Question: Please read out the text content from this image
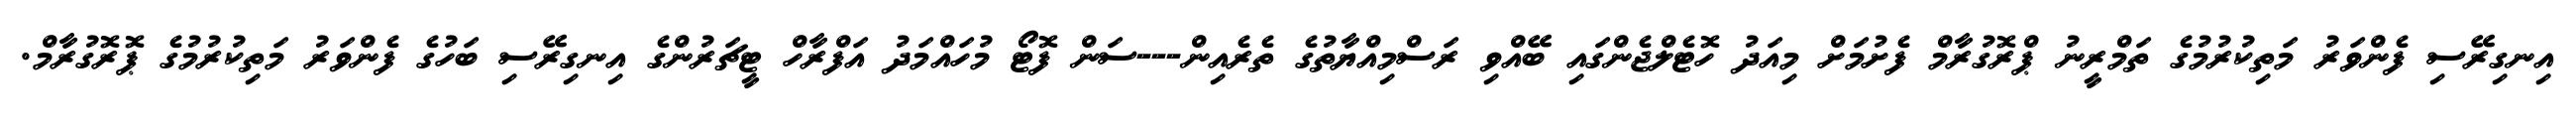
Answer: އިނގިރޭސި ފެންވަރު މަތިކުރުމުގެ ތަމްރީނު ޕްރޮގުރާމް ފެށުމަށް މިއަދު ހޮޓެލްޖެންގައި ބޭއްވި ރަސްމިއްޔާތުގެ ތެރެއިން---ސަން ފޮޓޯ މުހައްމަދު އަފްރާހް ޓީޗަރުންގެ އިނގިރޭސި ބަހުގެ ފެންވަރު މަތިކުރުމުގެ ޕޮރޮގުރާމް.